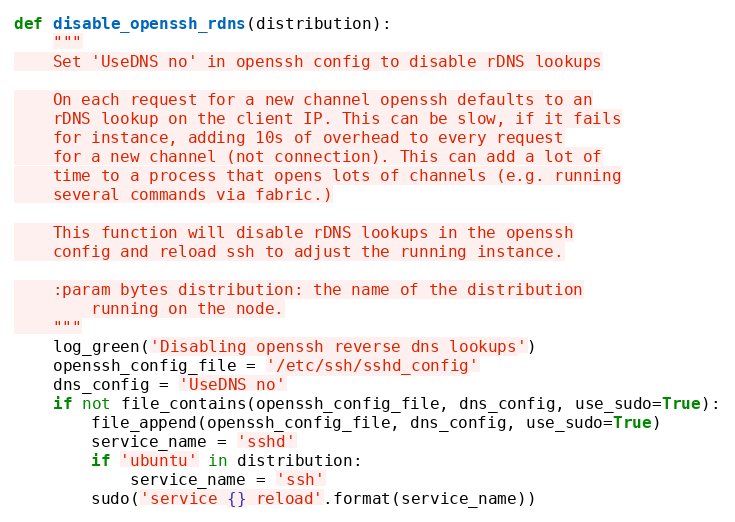
Language: Python
def disable_openssh_rdns(distribution):
    """
    Set 'UseDNS no' in openssh config to disable rDNS lookups

    On each request for a new channel openssh defaults to an
    rDNS lookup on the client IP. This can be slow, if it fails
    for instance, adding 10s of overhead to every request
    for a new channel (not connection). This can add a lot of
    time to a process that opens lots of channels (e.g. running
    several commands via fabric.)

    This function will disable rDNS lookups in the openssh
    config and reload ssh to adjust the running instance.

    :param bytes distribution: the name of the distribution
        running on the node.
    """
    log_green('Disabling openssh reverse dns lookups')
    openssh_config_file = '/etc/ssh/sshd_config'
    dns_config = 'UseDNS no'
    if not file_contains(openssh_config_file, dns_config, use_sudo=True):
        file_append(openssh_config_file, dns_config, use_sudo=True)
        service_name = 'sshd'
        if 'ubuntu' in distribution:
            service_name = 'ssh'
        sudo('service {} reload'.format(service_name))